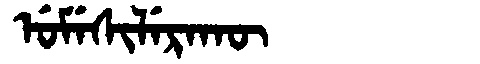
Manchu: ᡠᠮᡝᠰᡳᠯᡝᡵᠠᡴᡡ
Romanization: UMESILERAKŪ